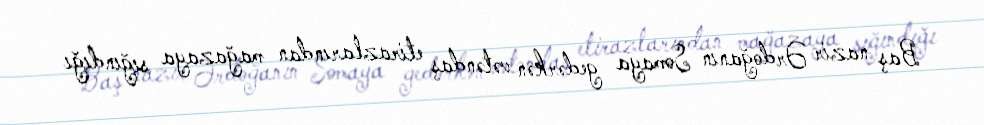
Baş nazir Ərdoğanın Somaya gedərkən vətəndaş etirazlarından mağazaya sığındığı